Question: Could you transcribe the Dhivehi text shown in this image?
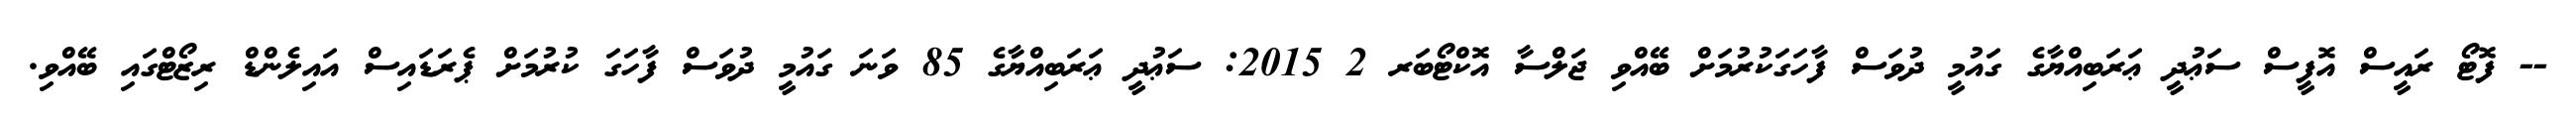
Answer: -- ފޮޓޯ ރައީސް އޮފީސް ސަޢުދީ ޢަރަބިއްޔާގެ ގައުމީ ދުވަސް ފާހަގަކުރުމަށް ބޭއްވި ޖަލްސާ އޮކްޓޯބަރ 2 2015: ސަޢުދީ ޢަރަބިއްޔާގެ 85 ވަނަ ގައުމީ ދުވަސް ފާހަގަ ކުރުމަށް ޕެރަޑައިސް އައިލެންޑް ރިޒޯޓްގައި ބޭއްވި.